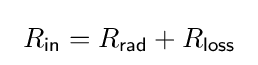
\ R_{\mathsf {in}}=R_{\mathsf {rad}}+R_{\mathsf {loss}}\